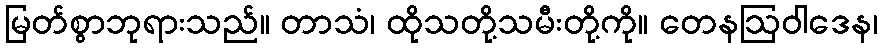
မြတ်စွာဘုရားသည်။ တာသံ၊ ထိုသတို့သမီးတို့ကို။ တေနဩဝါဒေန၊